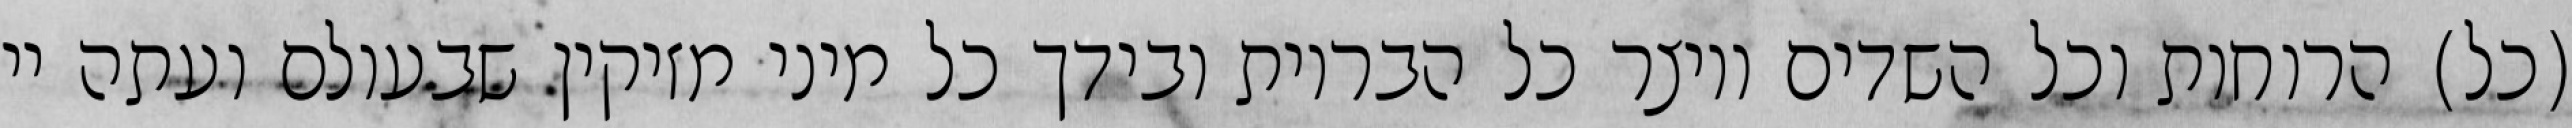
(כל) הרוחות וכל השדים ויוצר כל הבריות ובידך כל מיני מזיקין שבעולם ועתה יי